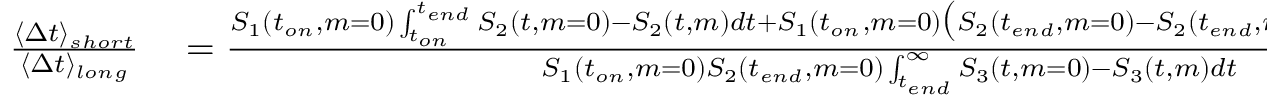
\begin{array} { r l } { \frac { \langle \Delta t \rangle _ { s h o r t } } { \langle \Delta t \rangle _ { l o n g } } } & { { } = \frac { S _ { 1 } ( t _ { o n } , m = 0 ) \int _ { t _ { o n } } ^ { t _ { e n d } } S _ { 2 } ( t , m = 0 ) - S _ { 2 } ( t , m ) d t + S _ { 1 } ( t _ { o n } , m = 0 ) \big ( S _ { 2 } ( t _ { e n d } , m = 0 ) - S _ { 2 } ( t _ { e n d } , m ) \big ) \int _ { t _ { e n d } } ^ { \infty } S _ { 3 } ( t , m = 0 ) d t } { S _ { 1 } ( t _ { o n } , m = 0 ) S _ { 2 } ( t _ { e n d } , m = 0 ) \int _ { t _ { e n d } } ^ { \infty } S _ { 3 } ( t , m = 0 ) - S _ { 3 } ( t , m ) d t } } \end{array}